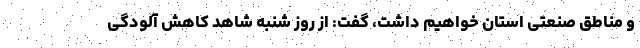
و مناطق صنعتی استان خواهیم داشت، گفت: از روز شنبه شاهد کاهش آلودگی